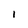
Character: I